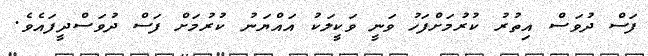
ފަސް ދުވަސް އިތުރު ކުރުމަށްފަހު ވަނީ ވަކީލަކު އައްޔަނު ކުރުމަށް ފަސް ދުވަސްދީފައެވެ.